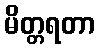
မိတ္တရတာ